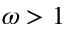
\omega > 1